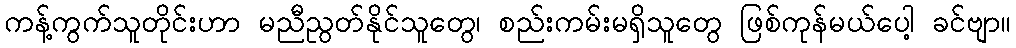
ကန့်ကွက်သူတိုင်းဟာ မညီညွတ်နိုင်သူတွေ၊ စည်းကမ်းမရှိသူတွေ ဖြစ်ကုန်မယ်ပေါ့ ခင်ဗျာ။